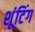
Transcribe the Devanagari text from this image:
शूंटिंग